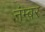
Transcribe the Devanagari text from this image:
नंम्बर